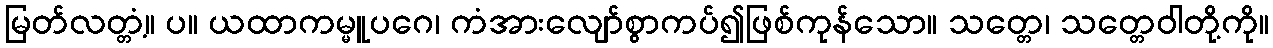
မြတ်လတ္တံ့။ ပ။ ယထာကမ္မူပဂေ၊ ကံအားလျော်စွာကပ်၍ဖြစ်ကုန်သော။ သတ္တေ၊ သတ္တေဝါတို့ကို။